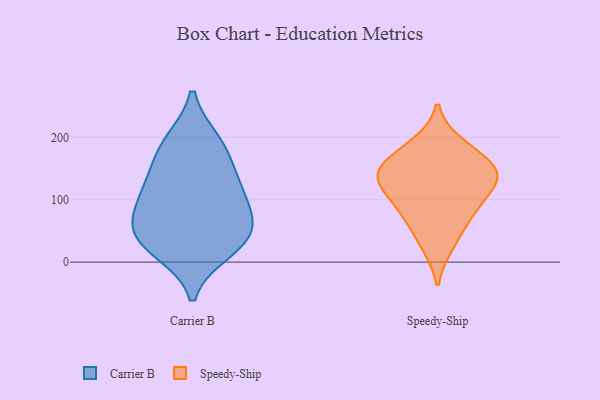
{"axis": {"x": "Budget (USD K)", "y": "Value"}, "legend": ["Carrier B", "Speedy-Ship"], "data": [{"x": "", "y": 71, "type": "Carrier B"}, {"x": "", "y": 40, "type": "Carrier B"}, {"x": "", "y": 31, "type": "Carrier B"}, {"x": "", "y": 48, "type": "Carrier B"}, {"x": "", "y": 117, "type": "Carrier B"}, {"x": "", "y": 19, "type": "Carrier B"}, {"x": "", "y": 115, "type": "Carrier B"}, {"x": "", "y": 85, "type": "Carrier B"}, {"x": "", "y": 193, "type": "Carrier B"}, {"x": "", "y": 149, "type": "Carrier B"}, {"x": "", "y": 187, "type": "Carrier B"}, {"x": "", "y": 136, "type": "Speedy-Ship"}, {"x": "", "y": 132, "type": "Speedy-Ship"}, {"x": "", "y": 84, "type": "Speedy-Ship"}, {"x": "", "y": 140, "type": "Speedy-Ship"}, {"x": "", "y": 27, "type": "Speedy-Ship"}, {"x": "", "y": 68, "type": "Speedy-Ship"}, {"x": "", "y": 189, "type": "Speedy-Ship"}, {"x": "", "y": 170, "type": "Speedy-Ship"}, {"x": "", "y": 148, "type": "Speedy-Ship"}, {"x": "", "y": 106, "type": "Speedy-Ship"}]}